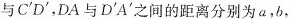
与C^{\prime}D^{\prime}，DA与D^{\prime}A^{\prime}之间的距离分别为a，b，